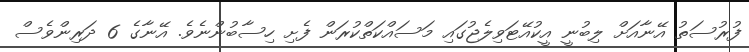
ފުރުސަތު އޭނާއަށް ލިބުނީ އީކުއޭޓަވިލެޖުގައި މަސައްކަތްކުރަން ފެށި ހިސާބުންނެވެ. އޭނާގެ 6 ދަރިންވެސް